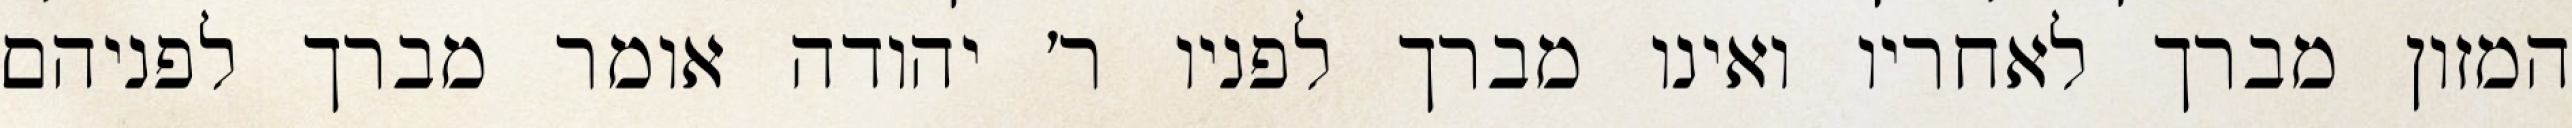
המזון מברך לאחריו ואינו מברך לפניו ר׳ יהודה אומר מברך לפניהם